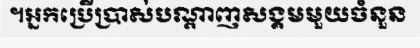
។អ្នកប្រើប្រាស់បណ្តាញសង្គមមួយចំនួន